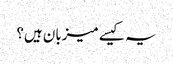
یہ کیسے میزبان ہیں؟